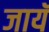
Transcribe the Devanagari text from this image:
जायॅ